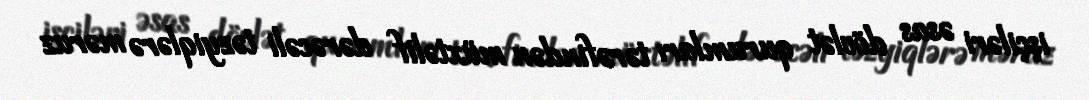
işçiləri əsas dövlət qurumları tərəfindən müxtəlif dərəcəli təzyiqlərə məruz